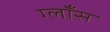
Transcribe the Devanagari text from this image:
ग्लाँस